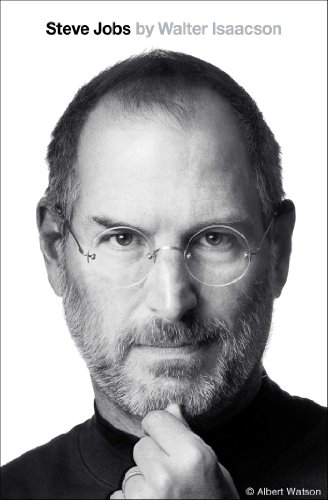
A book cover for Steve Jobs; Walter Isaacson; Computers & Technology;